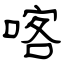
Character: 喀